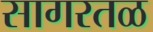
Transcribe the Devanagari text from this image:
सागरतळ